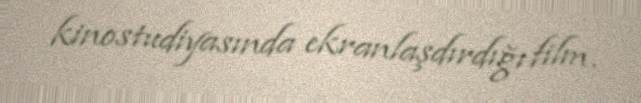
kinostudiyasında ekranlaşdırdığı film.